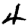
Digit: 4